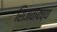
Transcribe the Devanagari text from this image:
शिजवायच्या